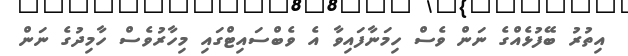
އިތުރު ބޭފުޅެއްގެ ނަން ވެސް ހިމަނާފައިވާ އެ ވެބްސައިޓްގައި މިހާރުވެސް ހާމިދުގެ ނަން